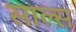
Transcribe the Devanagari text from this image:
साल्स